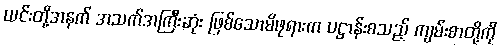
ယင်းတို့အနက် အသက်အကြီးဆုံး ဖြစ်သောမိဖုရားက ပဋ္ဌာန်းစသည့် ကျမ်းစာတို့ကို